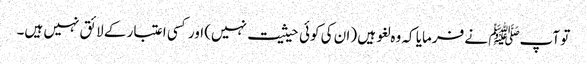
تو آپﷺ نے فرمایا کہ وہ لغو ہیں (ان کی کوئی حیثیت نہیں) اور کسی اعتبار کے لائق نہیں ہیں۔